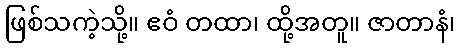
ဖြစ်သကဲ့သို့။ ဧဝံ တထာ၊ ထို့အတူ။ ဇာတာနံ၊